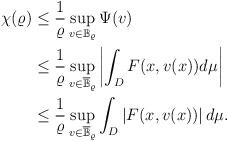
LaTeX: \begin{align*}\begin{aligned}\chi(\varrho)& \leq \frac 1 \varrho\displaystyle\sup_{v\in \mathbb{B}_{\varrho}}\Psi(v)\\& \leq \frac 1 \varrho \displaystyle\sup_{v\in \overline{\mathbb{B}}_\varrho}\left|\int_D F(x,v(x))d\mu\right|\\& \leq \frac 1 \varrho \displaystyle\sup_{v\in \overline{\mathbb{B}}_\varrho}\int_D \left|F(x,v(x))\right| d\mu.\end{aligned}\end{align*}